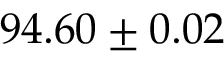
9 4 . 6 0 \pm 0 . 0 2